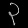
Digit: ၃